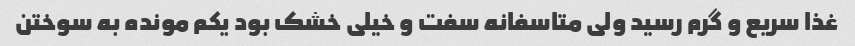
غذا سریع و گرم رسید ولی متاسفانه سفت و خیلی خشک بود یکم مونده به سوختن